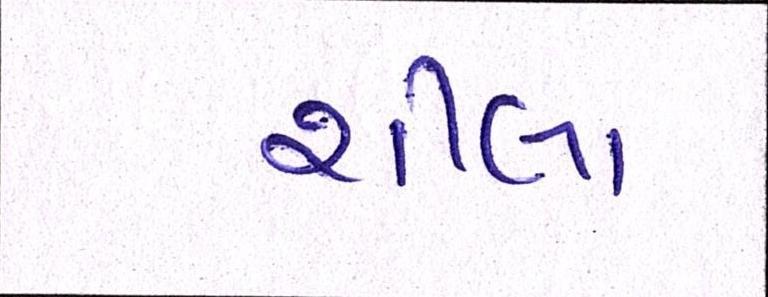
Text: શીલા